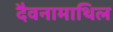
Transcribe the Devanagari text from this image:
दैवनामाथिल